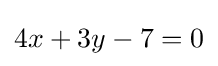
4x+3y-7=0